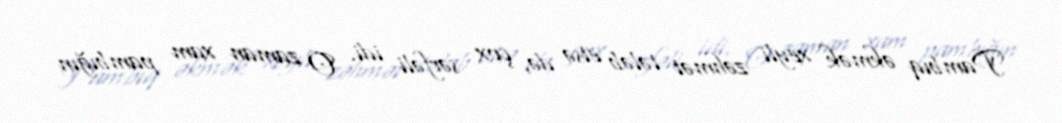
Pambıq əkmək xeyli zəhmət tələb etsə də, çox sərfəli idi. O zaman xam pambığın